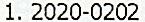
1. 2020-0202